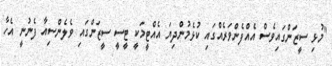
"މުޅި ސީޒަންގައިވެސް އެއްފެންވަރެއްގައި ކުޅެމުންދިޔަ އެއްޓީމަކީ ޓީސީ ސީޒަންގައި ވެލެންސިއާ ފެނުނީ އެހާ